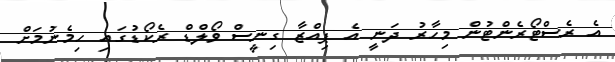
އެ ރެސްޓޯރެންޓުން މިހާރު ދަނީ އެ ޕިއްޒާ ގިނީސް ވޯލްޑް ރެކޯޑުގައި ހިމެނުމަށް